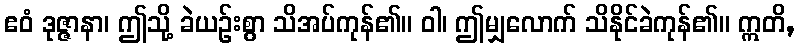
ဧဝံ ဒုဇ္ဇာနာ၊ ဤသို့ ခဲယဉ်းစွာ သိအပ်ကုန်၏။ ဝါ၊ ဤမျှလောက် သိနိုင်ခဲကုန်၏။ ဣတိ,